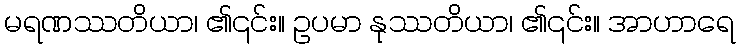
မရဏဿတိယာ၊ ၏၎င်း။ ဥပမာ နုဿတိယာ၊ ၏၎င်း။ အာဟာရေ